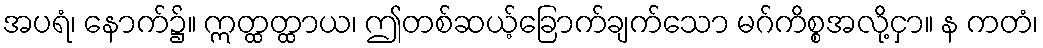
အပရံ၊ နောက်၌။ ဣတ္ထတ္ထာယ၊ ဤတစ်ဆယ့်ခြောက်ချက်သော မဂ်ကိစ္စအလို့ငှာ။ န ကတံ၊